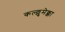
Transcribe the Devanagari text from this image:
कल्ल्लुमेक्का